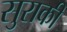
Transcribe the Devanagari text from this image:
सुराकी